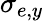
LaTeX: \sigma_{e,y}